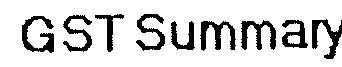
GST SUMMARY